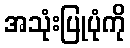
အသုံးပြုပုံကို